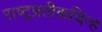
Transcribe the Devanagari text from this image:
राष्ट्रप्रतीकचिन्ह